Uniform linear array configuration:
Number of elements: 16
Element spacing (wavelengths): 1
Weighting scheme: uniform
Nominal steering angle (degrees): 60
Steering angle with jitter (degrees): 60.274
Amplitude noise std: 0.05
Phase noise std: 0.05

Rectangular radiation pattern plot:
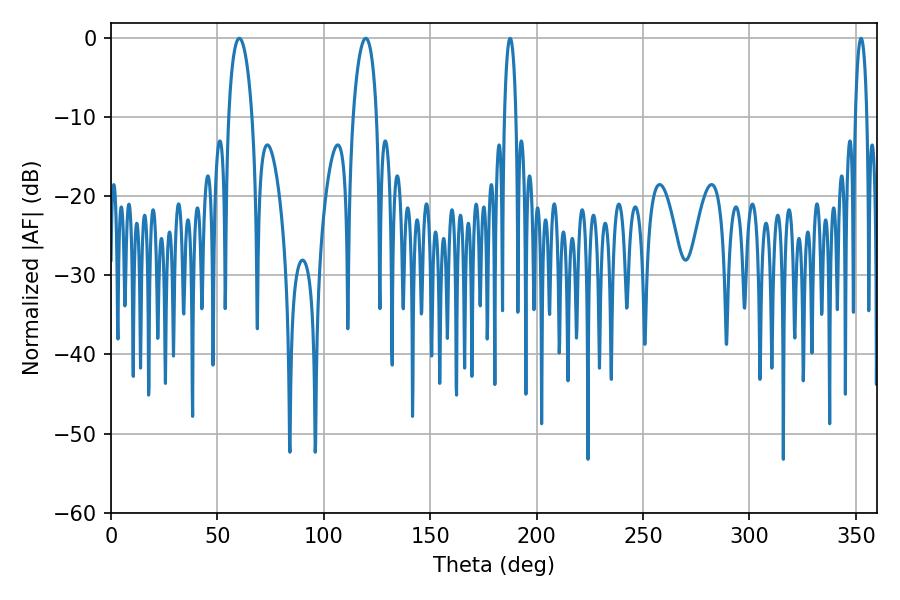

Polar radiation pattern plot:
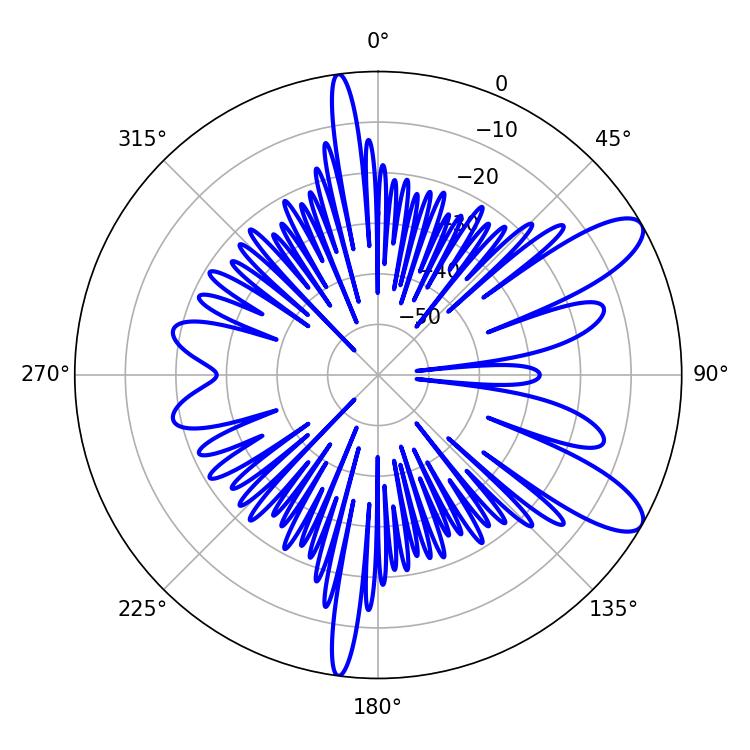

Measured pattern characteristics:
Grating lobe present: TRUE
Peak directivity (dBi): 10.138
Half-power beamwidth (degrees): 6.3
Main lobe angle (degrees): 60.3